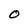
Character: O